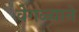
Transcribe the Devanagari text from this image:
वेगळ्याने